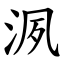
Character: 洬